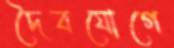
দৈবযোগে